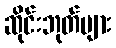
ဆိုင်းဘုတ်များ